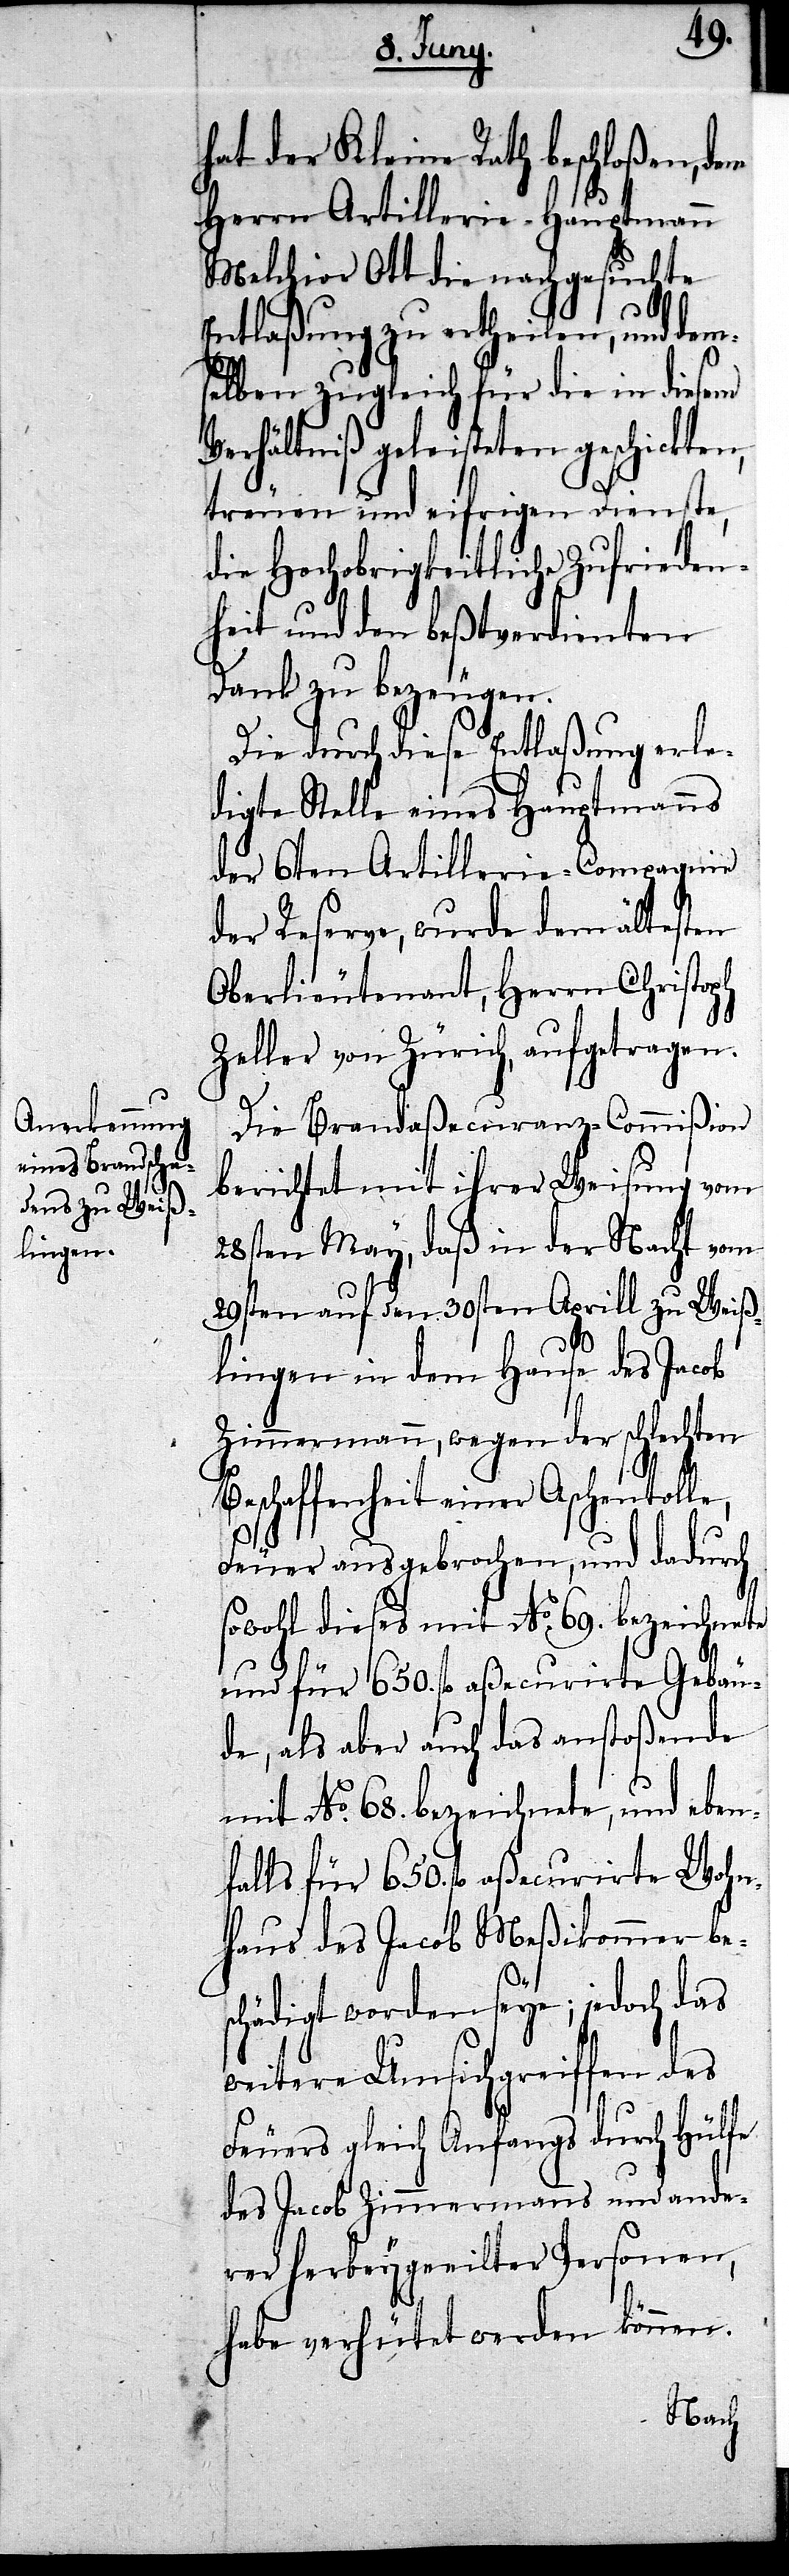
hat der Kleine Rath beschloßen, dem
Herrn Artillerie-Hauptmann
Melchior Ott die nachgesuchte
Entlaßung zu ertheilen, und dem¬
selben zugleich für die in diesem
Verhältniß geleisteten geschickten,
treuen und eifrigen Dienste,
die Hochobrigkeitliche Zufrieden¬
heit und den beßtverdienten
Dank zu bezeugen.
Die durch diese Entlaßung erle¬
digte Stelle eines Hauptmanns
der 6ten Artillerie-Compagnie
der Reserve, wurde dem ältesten
Oberlieutenant, Herrn Christoph
Zeller von Zürich, aufgetragen.
Die Brandaßecuranz-Commißion
berichtet mit ihrer Weisung vom
28sten May, daß in der Nacht vom
29sten auf den 30sten Aprill zu Weiß¬
lingen in dem Hause des Jacob
Zimmermann, wegen der schlechten
Beschaffenheit einer Aschentolle,
Feuer ausgebrochen, und dadurch
sowohl dieses mit No. 69. bezeichnete
nur für 650. fl. aßecurierte Gebäu¬
de, als aber auch das anstoßende
mit No. 68. bezeichnete, und eben¬
falls für 650. fl. aßecurirte Wohn¬
haus des Jacob Meßikommer bes¬
chädigt worden seye; jedoch das
weitere Umsichgreiffen des
Feuers gleich Anfangs durch Hülfe
des Jacob Zimmermanns und ande¬
rer herbeygeeilter Personen,
habe verhütet werden können.